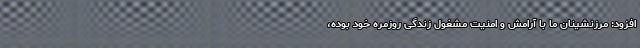
افزود: مرزنشینان ما با آرامش و امنیت مشغول زندگی روزمره خود بوده،